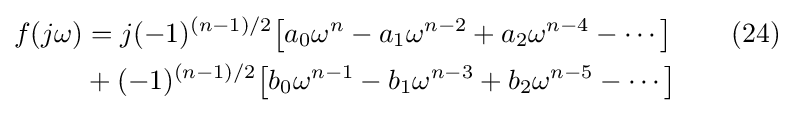
{\begin{aligned}f(j\omega )&=j(-1)^{(n-1)/2}{\big [}a_{0}\omega ^{n}-a_{1}\omega ^{n-2}+a_{2}\omega ^{n-4}-\cdots {\big ]}&{}\quad (24)\\&+(-1)^{(n-1)/2}{\big [}b_{0}\omega ^{n-1}-b_{1}\omega ^{n-3}+b_{2}\omega ^{n-5}-\cdots {\big ]}&{}\\\end{aligned}}